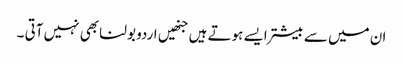
ان میں سے بیشتر ایسے ہوتے ہیں جنھیں اردو بولنا بھی نہیں آتی ۔